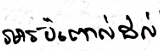
អាចប៉ះពាល់ដល់